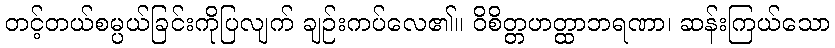
တင့်တယ်စမ္ပယ်ခြင်းကိုပြလျက် ချဉ်းကပ်လေ၏။ ဝိစိတ္တဟတ္ထာဘရဏာ၊ ဆန်းကြယ်သော